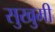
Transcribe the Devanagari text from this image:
सुखुमी